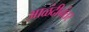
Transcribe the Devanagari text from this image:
आळंदीनंतर